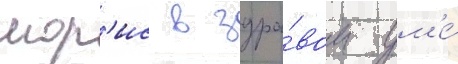
мор'ис в здра́вом ум'е́